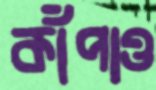
কাঁপাও